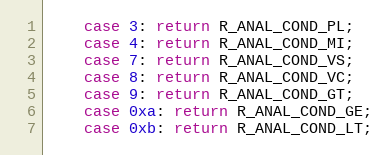
Language: C
	case 3: return R_ANAL_COND_PL;
	case 4: return R_ANAL_COND_MI;
	case 7: return R_ANAL_COND_VS;
	case 8: return R_ANAL_COND_VC;
	case 9: return R_ANAL_COND_GT;
	case 0xa: return R_ANAL_COND_GE;
	case 0xb: return R_ANAL_COND_LT;